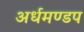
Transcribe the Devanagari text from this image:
अर्धमण्डप